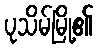
ပုသိမ်မြို့၏